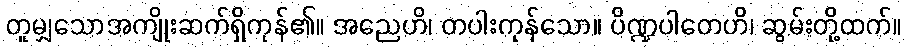
တူမျှသောအကျိုးဆက်ရှိကုန်၏။ အညေဟိ၊ တပါးကုန်သော။ ပိဏ္ဍပါတေဟိ၊ ဆွမ်းတို့ထက်။